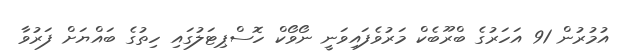
އުމުރުން 91 އަހަރުގެ ބްރޫބެކް މަރުވެފައިވަނީ ނޯވޯކް ހޮސްޕިޓަލުގައި ހިތުގެ ބައްޔަށް ފަރުވާ